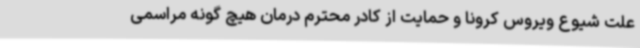
علت شیوع ویروس کرونا و حمایت از کادر محترم درمان هیچ گونه مراسمی